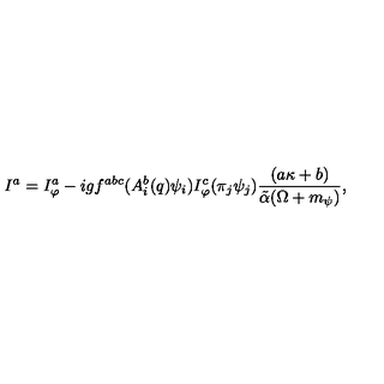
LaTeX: I ^ { a } = I _ { \varphi } ^ { a } - i g f ^ { a b c } ( A _ { i } ^ { b } ( q ) \psi _ { i } ) I _ { \varphi } ^ { c } ( \pi _ { j } \psi _ { j } ) \frac { ( a \kappa + b ) } { \tilde { \alpha } ( \Omega + m _ { \psi } ) } ,